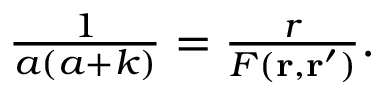
\begin{array} { r } { \frac { 1 } { a ( a + k ) } = \frac { r } { F ( \mathbf { r } , \mathbf { r } ^ { \prime } ) } . } \end{array}